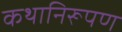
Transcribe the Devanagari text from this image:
कथानिरूपण